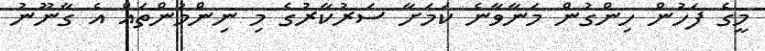
މީގެ ފަހުން ހިންގުން މަނާވާނެ ކަމަށާ ސަރުކާރުގެ މި ނިންމުންތައް އެ ގާނޫނު